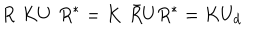
LaTeX: R \, \, K U \, \, R ^ { * } = K \, \, \bar { R } U R ^ { * } = K U _ { d }